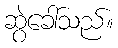
ဆွဲခေါ်သည်။